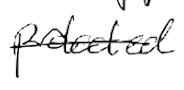
Text: protected
Cross-out: single-line
Writing tool: digital_black